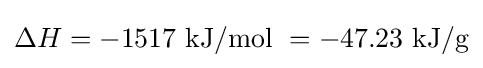
\Delta H=-1517{\text{ kJ/mol }}=-47.23{\text{ kJ/g}}